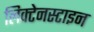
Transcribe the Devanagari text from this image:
लिक्टेनस्टाइन